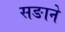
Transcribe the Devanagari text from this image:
सङाने